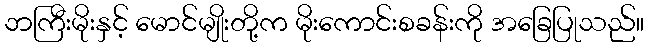
ဘကြီးမိုးနှင့် မောင်မျိုးတို့က မိုးကောင်းစခန်းကို အခြေပြုသည်။